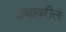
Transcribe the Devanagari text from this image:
द्राक्षावरील